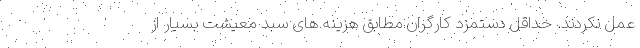
عمل نکردند. حداقل دستمزد کارگران مطابق هزینه های سبد معیشت بسیار از